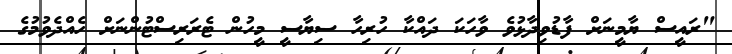
"ރައީސް ޔާމީނަށް ފާޑުވިދާޅުވެ ވާހަކަ ދައްކާ ހުރިހާ ސިޔާސީ މީހުން ޓެރަރިސްޓުންނަށް ހެއްދެވުމުގެ